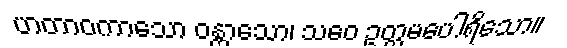
ဟတာဝကာသော ဝန္တာသော၊ သဝေ ဥတ္တမပေါရိသော။